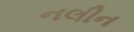
નલીન